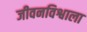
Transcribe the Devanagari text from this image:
जीवनविश्वाला